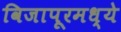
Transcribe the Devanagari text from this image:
विजापूरमध्ये